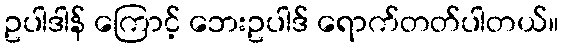
ဥပါဒါန် ကြောင့် ဘေးဥပါဒ် ရောက်တတ်ပါတယ်။